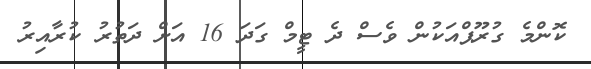
ކޮންމެ ގުރޫޕްއަކުން ވެސް ދެ ޓީމް ގަދަ 16 އަށް ދަތުރު ކުރާއިރު